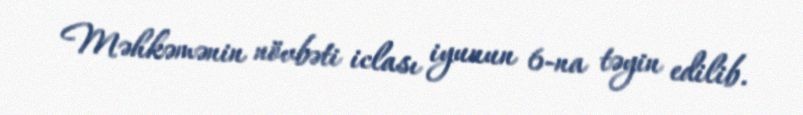
Məhkəmənin növbəti iclası iyunun 6-na təyin edilib.